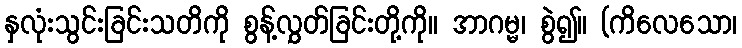
နှလုံးသွင်းခြင်းသတိကို စွန့်လွှတ်ခြင်းတို့ကို။ အာဂမ္မ၊ စွဲ၍။ (ကိလေသော၊